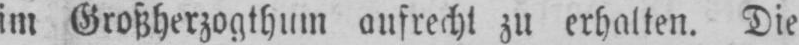
im Großherzogthum aufrecht zu erhalten. Die